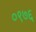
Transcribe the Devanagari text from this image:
०९७६